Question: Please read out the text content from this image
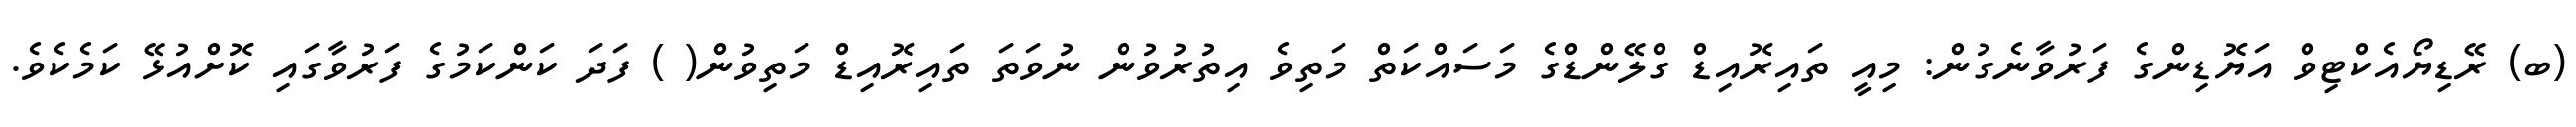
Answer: (ބ) ރޭޑިޔޯއެކްޓިވް އަޔޮޑިންގެ ފަރުވާނެގުން: މިއީ ތައިރޮއިޑް ގްލޭންޑްގެ މަސައްކަތް މަތިވެ އިތުރުވުން ނުވަތަ ތައިރޮއިޑް މަތިވުން( ) ފަދަ ކަންކަމުގެ ފަރުވާގައި ކޮށްއުޅޭ ކަމެކެވެ.